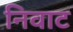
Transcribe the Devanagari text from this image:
निवाट